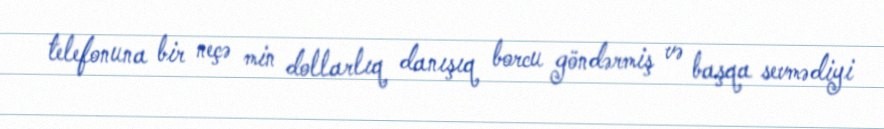
telefonuna bir neçə min dollarlıq danışıq borcu göndərmiş və başqa sevmədiyi